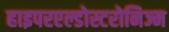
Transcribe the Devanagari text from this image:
हाइपरएल्डोस्टरोनिज्म